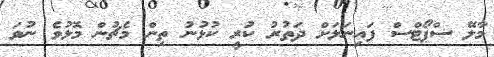
މާލޭ ސްޕޯޓްސް ފައިނަލަށް ދަތުރު ކުރީ ކުޅުނު ތިން މެޗުން މޮޅުވެ ނުވަ